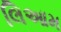
લિઆમ